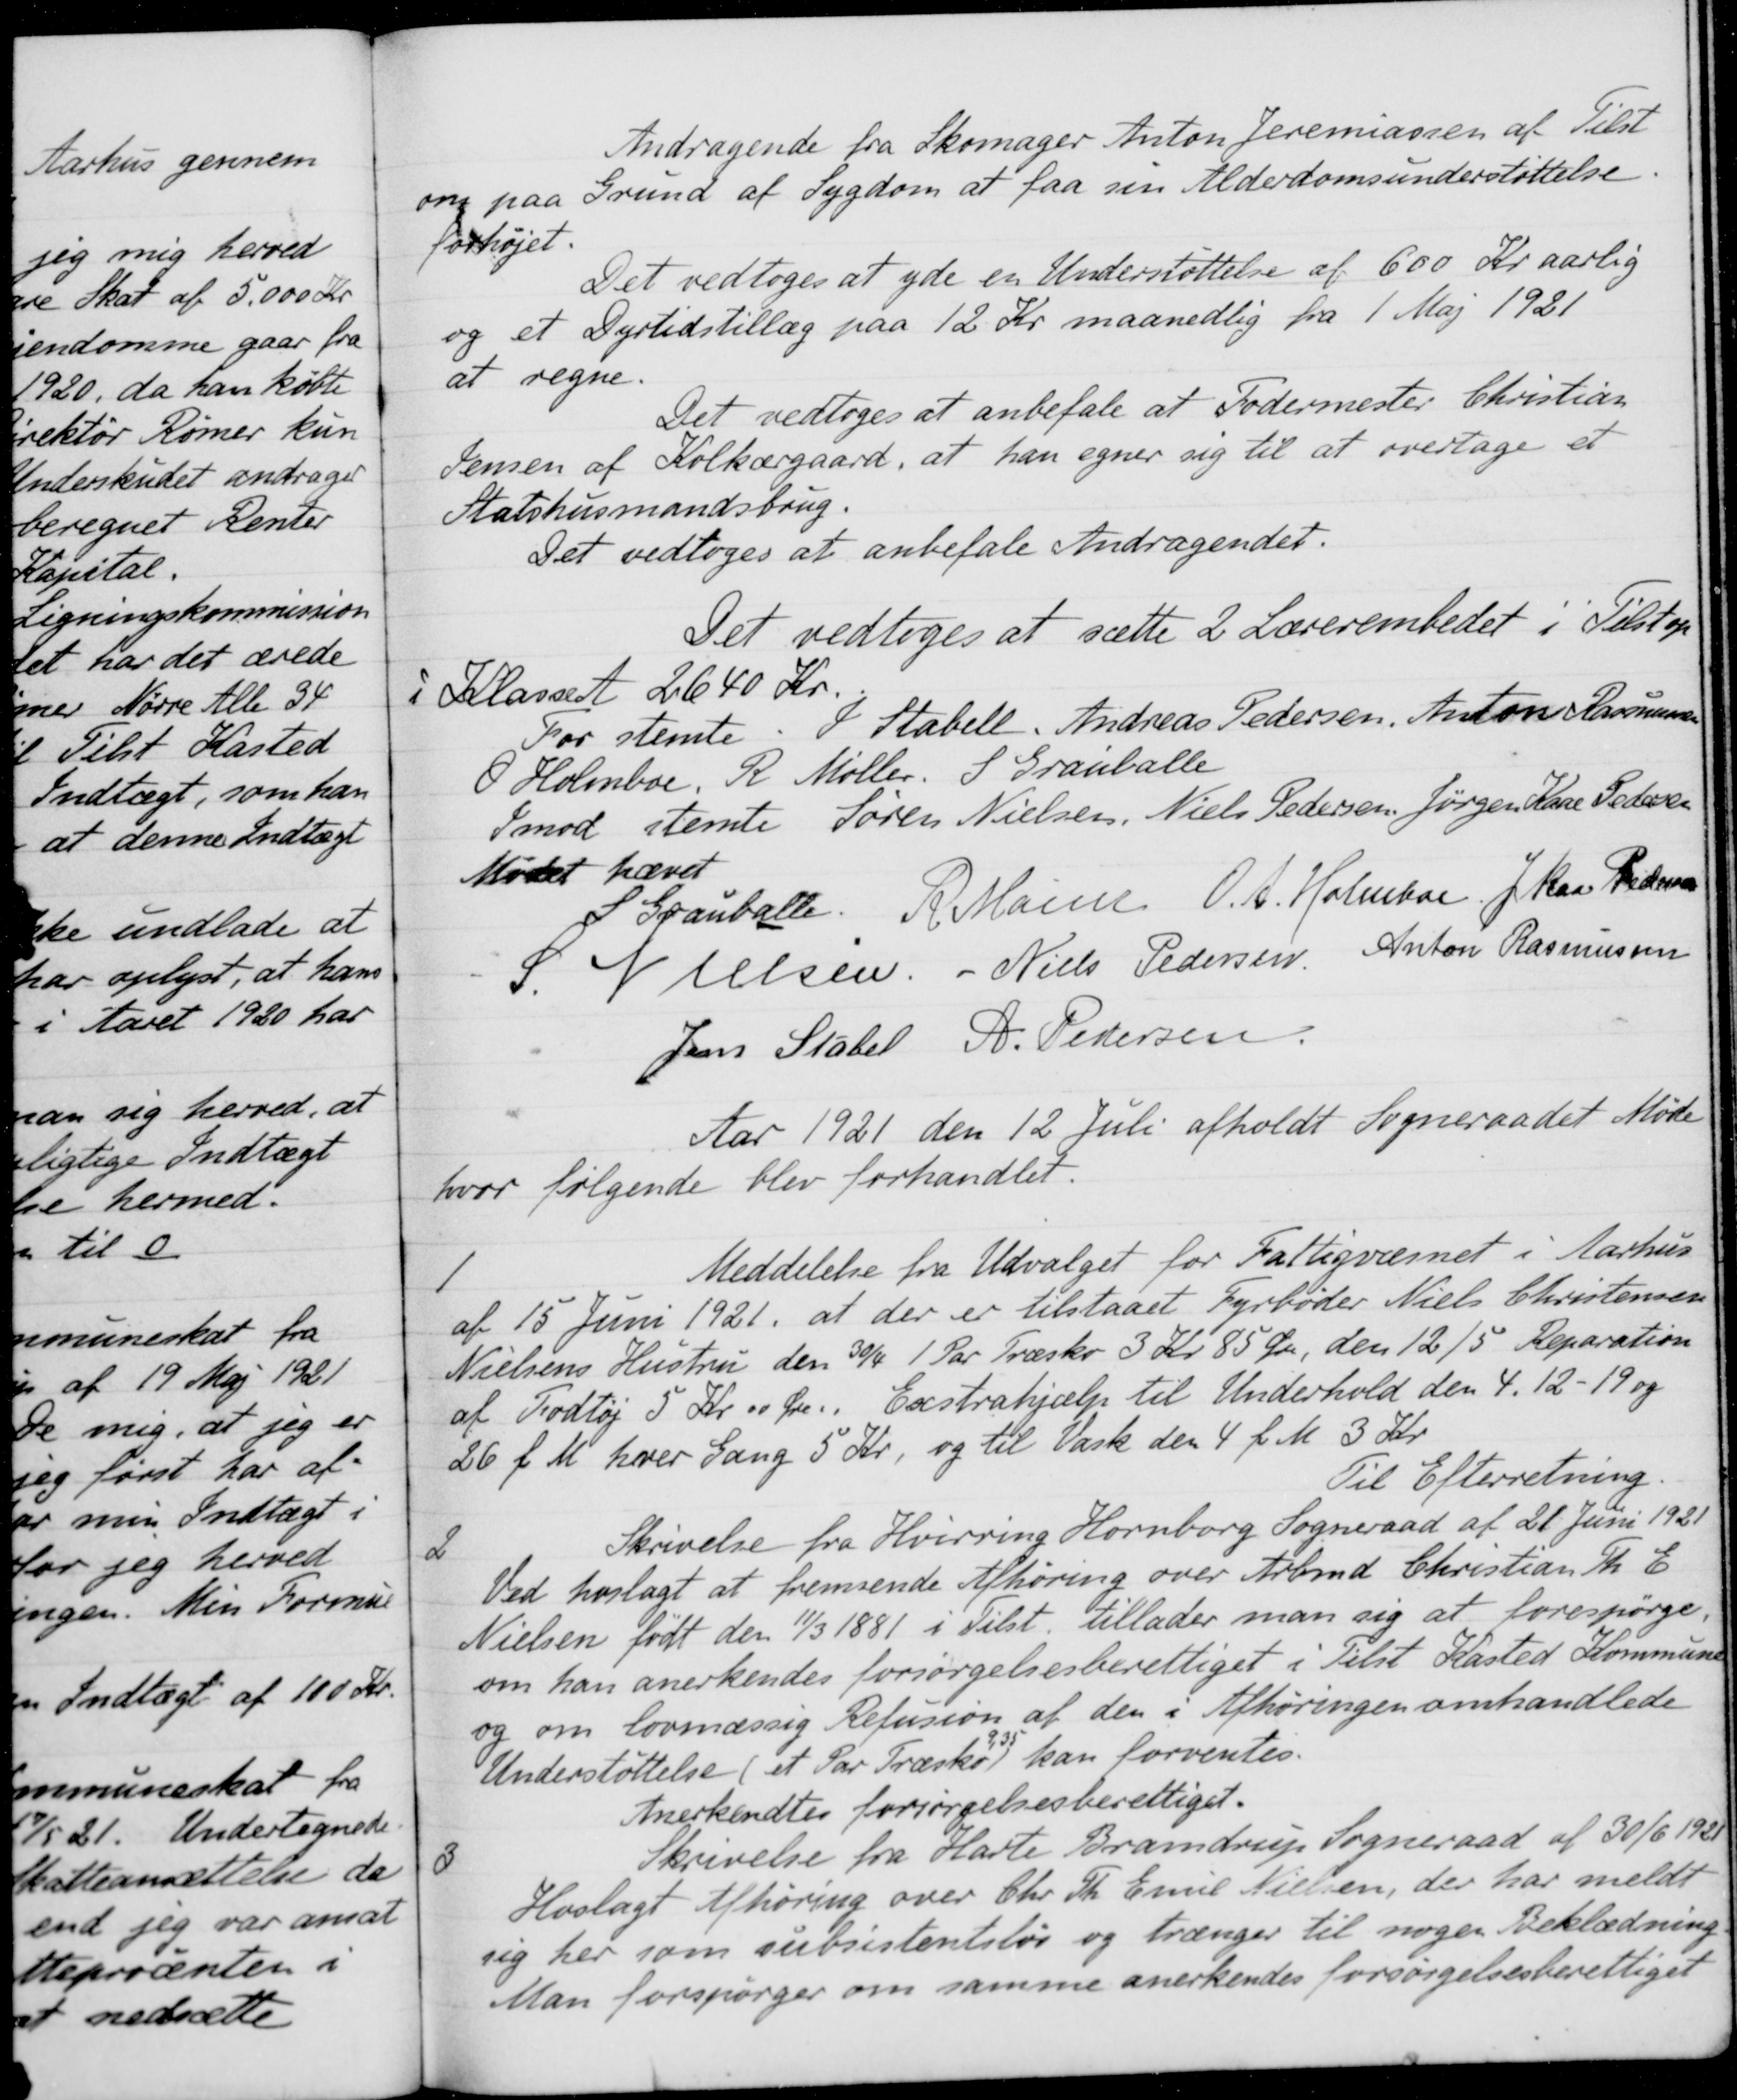
Transskription:
Andragende fra Skomager Anton Jeremassen af Tilst
om paa Grund af Sygdom at faa sin Alderdomsunderstøttelse
forhøjet.
Det vedtoges at yde en Understøttelse af 600 Kr aarlig
og et Dyrtidstillæg paa 12 Kr maanedlig fra 1 Maj 1921
at regne.
Det vedtoges at anbefale at Fodermester Christian
Jensen af Kolkærgaard, at han egner sig til at overtage et
Statshusmandsbrug.
Det vedtoges at anbefale Andragendet.
Det vedtoges at sætte 2 Lærerembedet i Tilst op
i Klasse A 2640 Kr.
For stemte J. Stabell, Andreas Pedersen, Anton Rasmussen
O Holmboe, R. Møller. S. Grauballe
Smod stemte Søren Nielsen, Niels Pedersen, Jørgen Kaae Pedersen
Mødet hævet
S Grauballe
P. Mainz
O. A. Holmboe
J. Kaa Pedersen
S. Nielsen
Niels Pedersen,
Anton Rasmussen
Jens Stabel
A. Pedersen
Aar 1921 den 12 Juli afholdt Sogneraadet Møde
hvor følgende blev forhandlet.
1
Meddelelse fra Udvalget for Fattigvæsnet i Aarhus
af 15 Juni 1921, at der er tilstaaet Fyrbøder Niels Christensen
Nielsens Hustru den 30/4 1 Par Træsko 3 Kr. 85 Øre, den 12/5 Reparation
af Todtøj 5 Kr. 00 Øre.. Exstrahjælp til Underhold den 4. 12-19 og
26 f. M. hver Gang 5 Kr, og til Vask den 4 f. M. 3 Kr.
Til Efterretning.
2
Skrivelse fra Hvirring Hornborg Sogneraad af 21 Juni 1921
Ved hoslagt at fremsende Afhøring over Arbmd Christian Th. E
Nielsen født den 11/3 1881 i Tilst. tillader man sig at forespørge,
om han anerkendes forsørgelsesberettiget i Tilst Kasted Kommune
og om lovmæssig Refusion af den i Afhøringen omhandlede
Understøttelse (et Par Træsko 9,35) kan forventes.
Anerkendtes forsørgelsesberettiget.
3
Skrivelse fra Harle Brandrup Sogneraad af 30/6 1921
Hoslagt Afhøring over Chr. Th. Emil Nielsen, der har meldt
sig her som subsistentsløs og trænger til nogen Beklædning
Man forspørger om samme anerkendes forsørgelsesberettiget